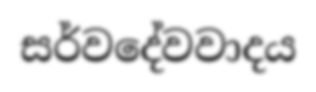
සර්වදේවවාදය